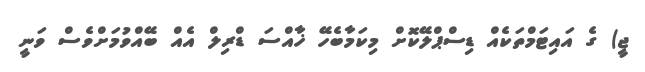
ޖީ) ގެ އައިޓަމްތަކެއް ޑިސްޕްލޭކޮށް މިކަމާބެހޭ ޚާއްސަ ޑްރިލް އެއް ބޭއްވުމަށްވެސް ވަނީ